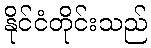
နိုင်ငံတိုင်းသည်